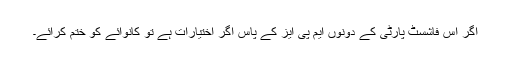
آگر اس فاشسٹ پارٹی کے دونوں ایم پی ایز کے پاس آگر اختیارات ہے تو کانوائے کو ختم کرائے۔